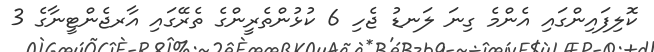
ކޮލިފައިންގައި އެންމެ ގިނަ ލަނޑު ޖެހި 6 ކުޅުންތެރީންގެ ތެރޭގައި އާރޖެންޓީނާގެ 3